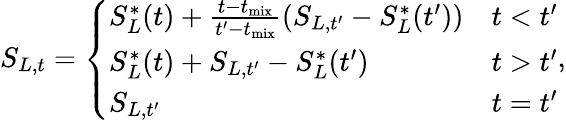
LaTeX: S_{L,t}=\left\{ \begin{array}{ll}{S_{L}^{\ast}(t)+\frac{t-t_{\mathrm{mix}}}{t^{\prime}-t_{\mathrm{mix}}}(S_{L,t^{\prime}}-S_{L}^{\ast}(t^{\prime}))}&{t<t^{\prime}}\\ {S_{L}^{\ast}(t)+S_{L,t^{\prime}}-S_{L}^{\ast}(t^{\prime})}&{t>t^{\prime}}\\ {S_{L,t^{\prime}}}&{t=t^{\prime}}\end{array}\right.,